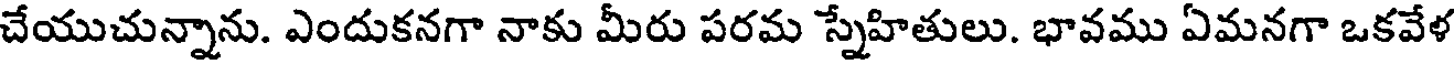
చేయుచున్నాను. ఎందుకనగా నాకు మీరు పరమ స్నేహితులు. భావము ఏమనగా ఒకవేళ